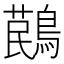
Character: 𪃔